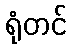
ရုံတင်